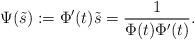
LaTeX: \begin{align*}\Psi(\tilde s) := \Phi'(t) \tilde s=\frac{1}{\Phi(t)\Phi'(t)}. \end{align*}